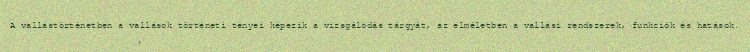
A vallástörténetben a vallások történeti tényei képezik a vizsgálódás tárgyát, az elméletben a vallási rendszerek, funkciók és hatások.